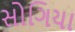
સોગિયા